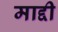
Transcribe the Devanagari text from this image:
माद्दी